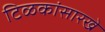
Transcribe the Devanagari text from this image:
टिळकांसारखे